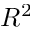
R ^ { 2 }